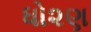
ધો૨ણ